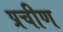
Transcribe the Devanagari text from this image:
प्रचीण